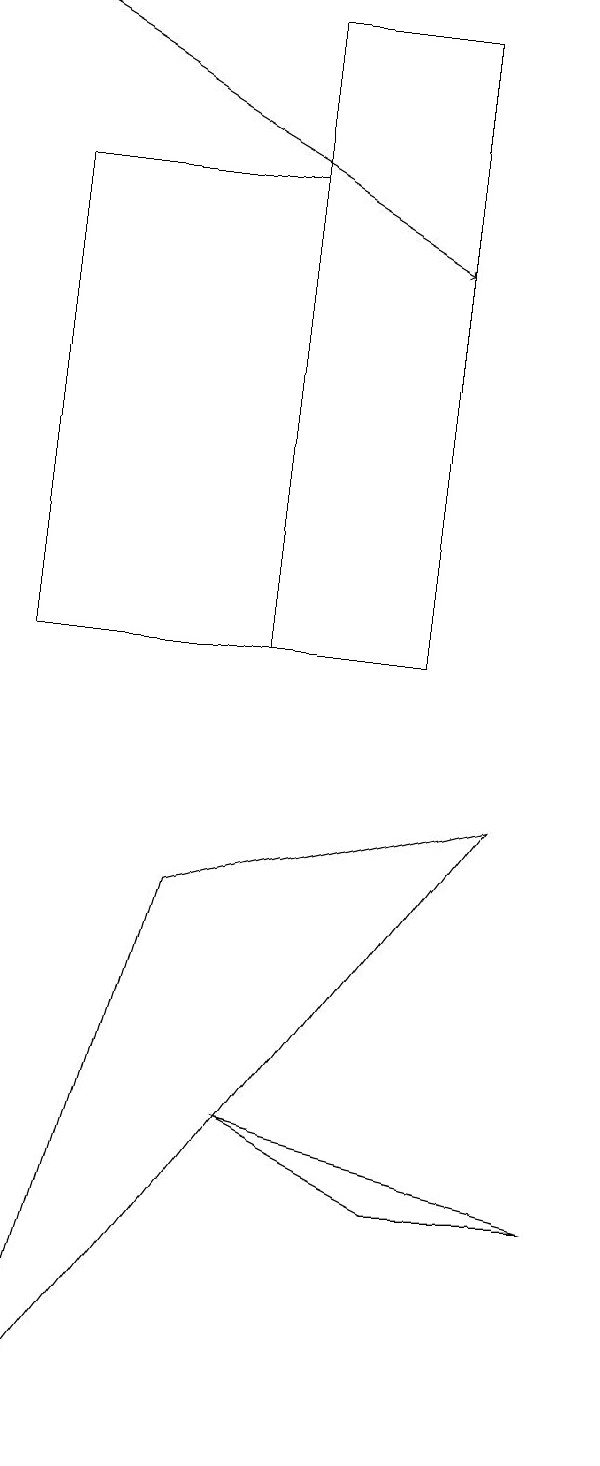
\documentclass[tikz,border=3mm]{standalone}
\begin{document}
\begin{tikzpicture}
\draw (7,11) rectangle (5,19);
\draw (7,13) rectangle (7,16);
\draw (7,4) -- (5,5) -- (9,4) -- cycle;
\draw[->] (2,19) -- (7,16);
\draw (5,17) rectangle (2,11);
\draw (2,1) -- (8,9) -- (4,8) -- cycle;
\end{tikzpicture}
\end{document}